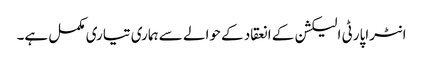
انٹراپارٹی الیکشن کے انعقاد کے حوالے سے ہماری تیاری مکمل ہے۔